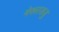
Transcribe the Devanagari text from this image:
मेरूरजजु